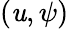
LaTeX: (\mathit{u},\psi)